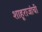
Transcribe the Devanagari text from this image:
शाहूराजांची